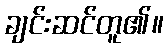
ချင်းဆင်တူ၏။